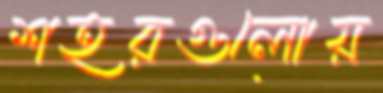
শহরগুলোয়